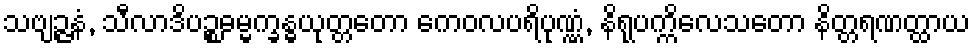
သဗျဉ္ဇနံ, သီလာဒိပဉ္စဓမ္မက္ခန္ဓယုတ္တတော ကေဝလပရိပုဏ္ဏံ, နိရုပက္ကိလေသတော နိတ္တရဏတ္ထာယ